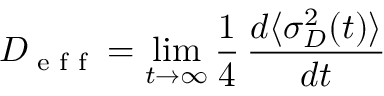
D _ { \textrm { e f f } } = \operatorname* { l i m } _ { t \rightarrow \infty } \frac { 1 } { 4 } \, \frac { d \langle \sigma _ { D } ^ { 2 } ( t ) \rangle } { d t }